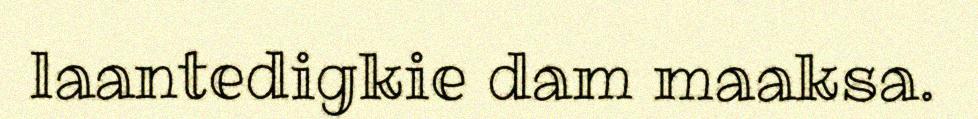
laantedigkie dam maaksa.